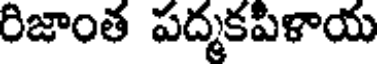
రిజాంత పద్మకపిళాయ